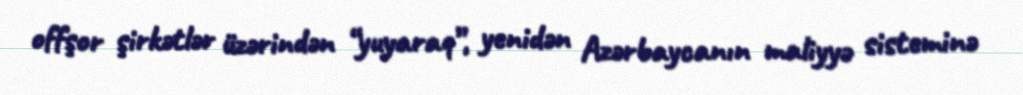
offşor şirkətlər üzərindən “yuyaraq”, yenidən Azərbaycanın maliyyə sisteminə